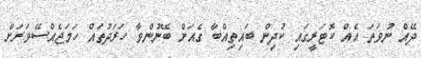
ދޭއް ނުވަތަ އެއް ކޮޓަރީގައި ކުދިން ބައިތިއްބާ ގެއަށް ބޭނުންވާ ހަރަދުތައް ހަމަޖެއްސޭވަރަށް